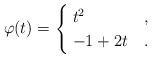
LaTeX: \begin{align*}\varphi(t) =\begin{cases}\; t^2 & ,\\\; -1 +2t & .\end{cases}\end{align*}